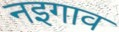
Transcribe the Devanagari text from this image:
नइगाव